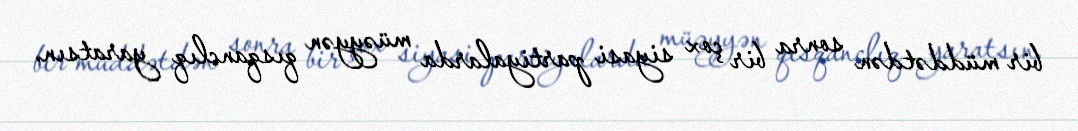
bir müddətdən sonra bir çox siyasi partiyalarda müəyyən qısqanclıq yaratsın.